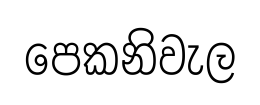
පෙකනිවැල